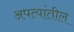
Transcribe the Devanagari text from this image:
अपत्यांतील